Civil Veterinary Department. United Provinces 1932-42 - 1932-1942
Year: 1932
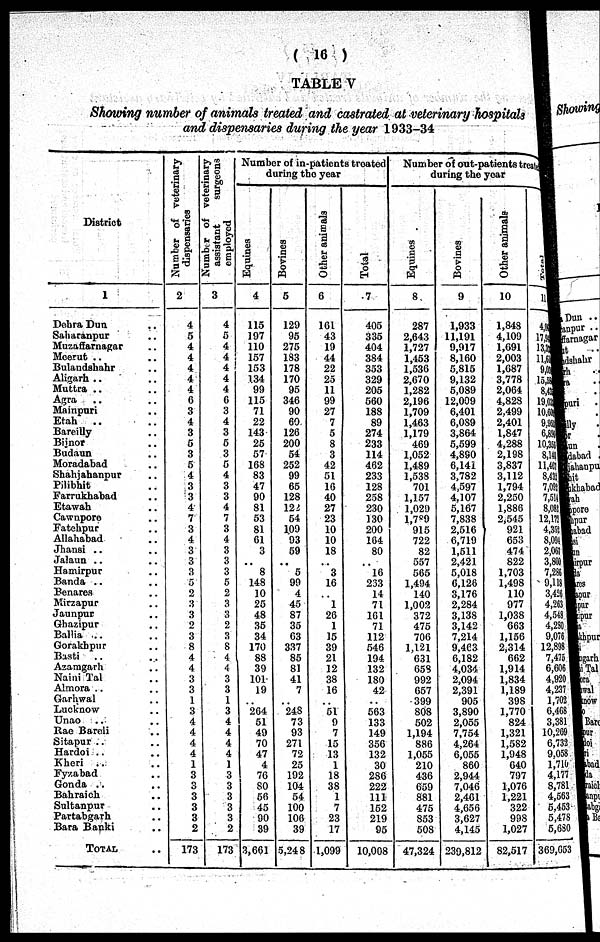
( 16 )
TABLE V
Showing number of animals treated and castrated at veterinary hospitals
and dispensaries during the year 1933-34
District
1
Dehra Dun ..
Saharanpur ..
Muzaffarnagar ..
Meerut ..
Bulandshahr ..
Aligarh ..
Muttra .. ..
Agra .. ..
Mainpuri .. ..
Etah
.. ..
Bareilly ..
Bijnor ..
Budaun ..
Moradabad ..
Shahjahanpur ..
Pilibhit ..
Farrukhabad ..
Etawah ..
Cawnpore ..
Fatehpur ..
Allahabad ..
Jhansi .. ..
Jalaun .. ..
Hamirpur ..
Banda .. ..
Benares ..
Mirzapur ..
Jaunpur ..
Ghazipur ..
Ballia .. ..
Gorakjhpur ..
Basti
.. ..
Azamgarh ..
Naini Tal ..
Almora ..
Garhwal ..
Lucknow ..
Unao .. ..
Rae Bareli ..
Sitapur .. ..
Hardoi .. ..
Kheri .. ..
Fyzabad ..
Gonda .. ..
Bahraich ..
Sultanpur ..
Partabgarh ..
Bara Banki ..
TOTAL ..
Number of veterinary
dispensaries
2
4
5
4
4
4
4
4
0
3
4
3
5
3
5
4
3
3
4
7
3
4
3
3
3
5
2
3
3
2
3
8
4
4
3
3
1
3
4
4
4
4
1
3
3
3
3
3
2
173
Number
of veterinary
assistant
surgeons
employed
3
4
5 4
4
4
4
4
6
3
4
3
6
3
5
4
3
3
4
7
3
4
3
3
3
5
2
3
3
2
3
8
4
4
3
3
1
3
4
4
4
4
1
3
3
3
3
3
2
173
Number of in-patients treated
Equines
4
115
197
110
157
153
1.34
99
115
71
22
143
25
57
16S
83
47
90
81
53
81
61
3
8
148
10
25
48
35
34
170
88
39
101
19
264
51
49
70
47
4
76
80
50
45
90
39
3,661
Bovines
5
129
95
275
183
178
170
95
346
90
60
126
200
54
252
99
65
128
122
54
109
93
59
..
5
99
4
45
87
35
63
337
85
81
41
7
248
73
93
271
72
25
192
104
54
100
100
39
5,248
Other animals
6
161
43
19
44
22
25
11
99
27
7
5
8
3
42
51
16
40
27
23
10
10
18
..
3
16
1
26
1
15
39
21
12
38
16
5l
9
7
15
13
1
18
38
1
7
23
17
1,099
Total
7
405
335
404
384
353
329
205
560
188
89
274
233
114
462
233
128
258
230
130
200
164
80
..
16
233
14
71
161
71
112
546
194.
132
180
42
563
133
149
356
132
30
286
222
111
152
219
95
10,008
Number of out-patients treated.
Equines
8
287
2,643
1,727
1,453
1,536
2,670
1,282
2,196
1,709
1,463
1,179
469
1,052
1,489
1,538
701
1,157
1,029
l,789
915
722
82
557
565
1,494
140
1,002
372
475
706
1.121
631
658
992
657
399
808
502
1,194
886
1,055
210
436
659
881
475
853
508
47,324
Bovines
9
1,933
11,191
9,917
8,160
5,815
9,132
5,089
12,009
6,401
6,089
3,864
5,599
4,890
6,141
3,782
4,597
4,107
5,167
7,838
2,516
6,719
1,511
2,421
5,018
6,126
3,176
2,284
3,138
3,142
7,214
9,463
6,182
4,034
2,094
2,391
905
3,890
2,055
7,754
4,264
6,055
860
2,944
7,046
2,461
4,656
3,627
4,145
239,812
Other animals
10
1,848
4,109
1,691
2,003
1,687
3,778
2,064
4,828
2.499
2,401
1,847
4,288
2,198
3,837
3,112
1,794
2,250
1,886
2,545
921
653
474
822
1,703
1,498
110
977
1,038
663
1,156
2,314
662
1,914
1,834
1,189
398
1,770
824
1,321
1,582
1,948
640
797
1,076
1,221
322
998
1,027
82,517
Total
11
4,00
17,8
13,33
11,6
9,05
15,5
8,41
19,03
10,638
9.951
6,894
10,353
8,141
11,461
8,432
7,031
7,514
8,081
12,175
4,352
8,001
2,061
3,800
7,286
9,118
3,426
4,263
4,543
4,280
9,076
12,898
7,475
6,606
4,920
4,237
1,702
6,468
3,381
10,269
6,732
9,058
1,710
4,177
8,781
4,563
5,453
5,478
5,GS0
369,653